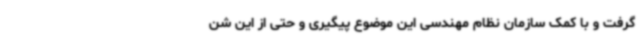
گرفت و با کمک سازمان نظام مهندسی این موضوع پیگیری و حتی از این شن